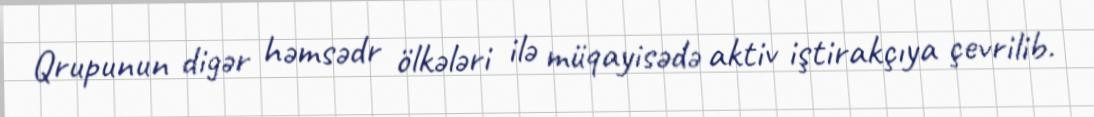
Qrupunun digər həmsədr ölkələri ilə müqayisədə aktiv iştirakçıya çevrilib.